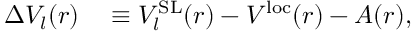
\begin{array} { r l } { \Delta V _ { l } ( r ) } & { { } \equiv V _ { l } ^ { \mathrm { S L } } ( r ) - V ^ { \mathrm { l o c } } ( r ) - A ( r ) , } \end{array}